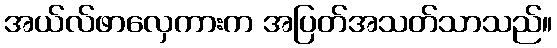
အယ်လ်ဖာလှေကားက အပြတ်အသတ်သာသည်။